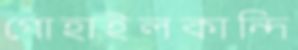
গোহাইলকান্দি